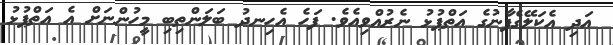
އަދި އެކަލޭގެފާނުގެ އަތްޕުޅު ނެރުއްވިއެވެ. ފަހެ އެހިނދު ބަލަންތިިބި މީހުންނަށް އެ އަތްޕުޅު